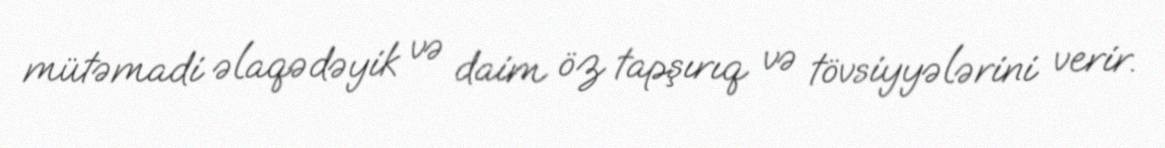
mütəmadi əlaqədəyik və daim öz tapşırıq və tövsiyyələrini verir.